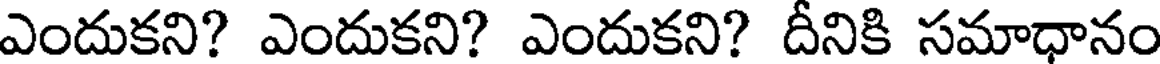
ఎందుకని? ఎందుకని? ఎందుకని? దీనికి సమాధానం